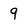
Character: 9